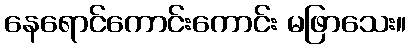
နေရောင်ကောင်းကောင်း မဖြာသေး။